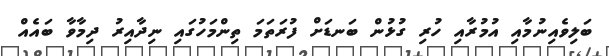
ބަލިވެއިނުމާއި އުމުރާއި ހުރި ގުޅުން ބަނޑަށް ފުރަތަމަ ތިންމަހުގައި ނިދާއިރު ދިމާވާ ބައެއް